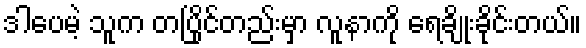
ဒါပေမဲ့ သူက တပြိုင်တည်းမှာ လူနာကို ရေချိုးခိုင်းတယ်။